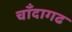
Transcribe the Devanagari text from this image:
चाँदागढ